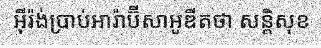
អ៊ីរ៉ង់ប្រាប់អារ៉ាប៊ីសាអូឌីតថា សន្តិសុខ